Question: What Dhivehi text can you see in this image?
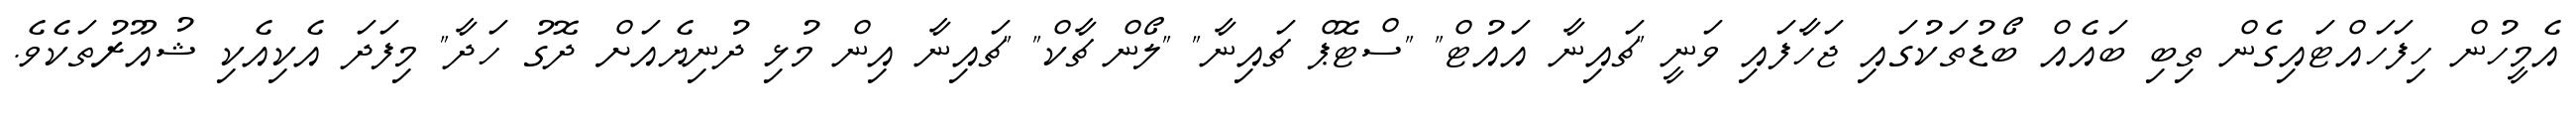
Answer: އެމީހުން ހިފަހައްޓައިގެން ތިބި ބައެއް ބޯޑުތަކުގައި ޖަހާފައި ވަނީ "ޗައިނާ އައުޓް" "ސްޓޮޕް ޗައިނާ" "ލޯން ޗާކް" "ޗައިނާ އިން މުޅި ދުނިޔެއަށް ދޮގު ހަދާ" މިފަދަ އެކިއެކި ޝުއޫރުތަކެވެ.